Children and Young Persons (Scotland) Act, 1932. Care and training of juveniles, 1932
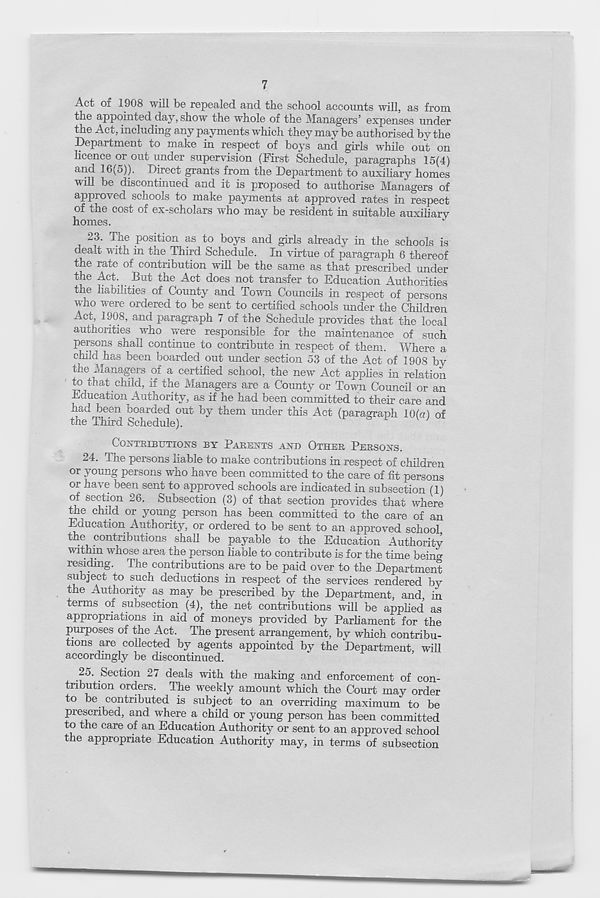
7
Act of 1908 will be repealed and the school accounts will, as from
the appointed day, show the whole of the Managers’ expenses under
the Act, including any payments which they may be authorised by the
Department to make in respect of boys and girls while out on
licence or out under supervision (First Schedule, paragraphs 15(4)
and 16(5)). Direct grants from the Department to auxiliary homes
will be discontinued and it is proposed to authorise Managers of
approved schools to make payments at approved rates in respect
of the cost of ex-scholars who may be resident in suitable auxiliary
homes.
1
23.
The position as to boys and girls already in the s
dealt with in the Third Schedule. In virtue of paragraph 6 thereof
the rate of contribution will be the same as that prescribed under
the Act. But the Act does not transfer to Education Authorities
the liabilities of County and Town Councils in respect of persons
who were ordered to be sent to certified schools under the Children
Acc, 1908, and paragraph 7 of the Schedule provides that the local
authorities who were responsible for the maintenance of such
persons shall continue to contribute in respect of them. Where a
child has been boarded out under section 53 of the Act of 1908 by
the Managers of a certified school, the new Act apphes in relation
to that child, if the Managers are a County or Town Council or an
Education Authority, as if he had been committed to their care and
had been boarded out by them under this Act (paragraph 10(a) of
the Third Schedule).
CONTRIBUTIONS BY PARENTS AND OTHER PERSONS.
24. The persons liable to make contributions in respect of children
or young persons who have been committed to the care of fit persons
or have been sent to approved schools are indicated in subsection (1)
of section 26. Subsection (3) of that section provides that where
me child or young person has been committed to the care of an
Education Authority, or ordered to be sent to an approved school
the contributions shall be payable to the Education Authority
within whose area the person liable to contribute is for the time being
residing. The contributions are to be paid over to the Department
subject to such deductions in respect of the services rendered by
the Authority as may be prescribed by the Department, and in
terms of subsection (4), the net contributions will be applied as
appropriations in aid of moneys provided by Parliament for the
purposes of the Act. The present arrangement, by which contribu-
tions are collected by agents appointed by the Department will
accordingly be discontinued.
25. Section 2 / deals with the making and enforcement of con-
tribution orders. The weekly amount which the Court may order
to be contributed is subject to an overriding maximum to be
prescribed, and where a child or young person has been committed
to the care of an Education Authority or sent to an approved school
the appropriate Education Authority may, in terms of subsection